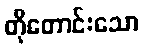
တိုတောင်းသော